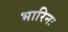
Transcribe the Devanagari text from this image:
भारिनः